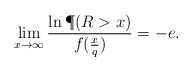
\begin{align*}\lim_{x\to\infty}\frac{\ln \P(R>x)}{f(\frac x{q})}=-e.\end{align*}